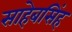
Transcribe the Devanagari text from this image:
साहेबसिंह